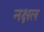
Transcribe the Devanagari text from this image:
नक्षल